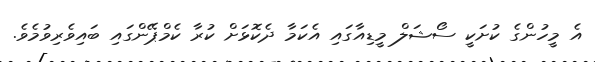
އެ މީހުންގެ ކުށަކީ ސޯޝަލް މީޑިއާގައި އެކަމާ ދެކޮޅަށް ކުރާ ކެމްޕޭންގައި ބައިވެރިވުމެވެ.